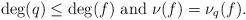
LaTeX: \begin{align*}\deg(q)\leq\deg(f)\mbox{ and }\nu(f)=\nu_q(f).\end{align*}